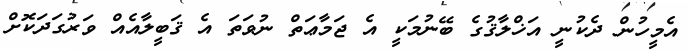
އެމީހުން ދެކުނީ އަޚްލާޤުގެ ބޭނުމަކީ އެ ޖަމާޢަތް ނުވަތަ އެ ޤަބީލާއެއް ވަރުގަދަކޮށް